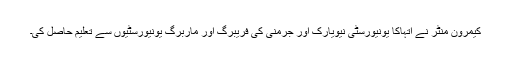
کیمرون منٹر نے اتہاکا یونیورسٹی نیویارک اور جرمنی کی فریبرگ اور ماربرگ یونیورسٹیوں سے تعلیم حاصل کی۔